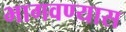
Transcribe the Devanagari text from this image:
भागवण्यास